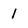
Character: 1